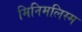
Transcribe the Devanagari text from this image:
मिनिमलिस्म